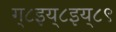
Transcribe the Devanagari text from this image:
ग्८इय्८इय्८९